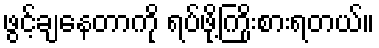
ဖွင့်ချနေတာကို ရပ်ဖို့ကြိုးစားရတယ်။